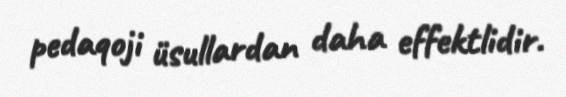
pedaqoji üsullardan daha effektlidir.